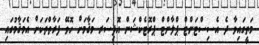
މަތީގައިވާ ދެ އެސިސްޓަންޓް ޕްލާންޓް ޕްރޮޓެކްޝަން އޮފިސަރ މަޤާމަށް ހޮވޭ ފަރާތްތަކަށް އެމަޤާމުގައި